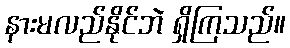
နားမလည်နိုင်ဘဲ ရှိကြသည်။